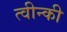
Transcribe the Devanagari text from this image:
त्वीन्की